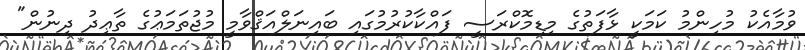
ވުމާއެކު މުހިންމު ކަމަކީ ޅާފަތުގެ މިޑިމޮކްރަސީ ފައްކާކުރުމުގައި ބައިނަލްއަޤްވާމީ މުޖުތަމަޢުގެ ތާޢިދު ދިނުން"